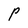
Character: P